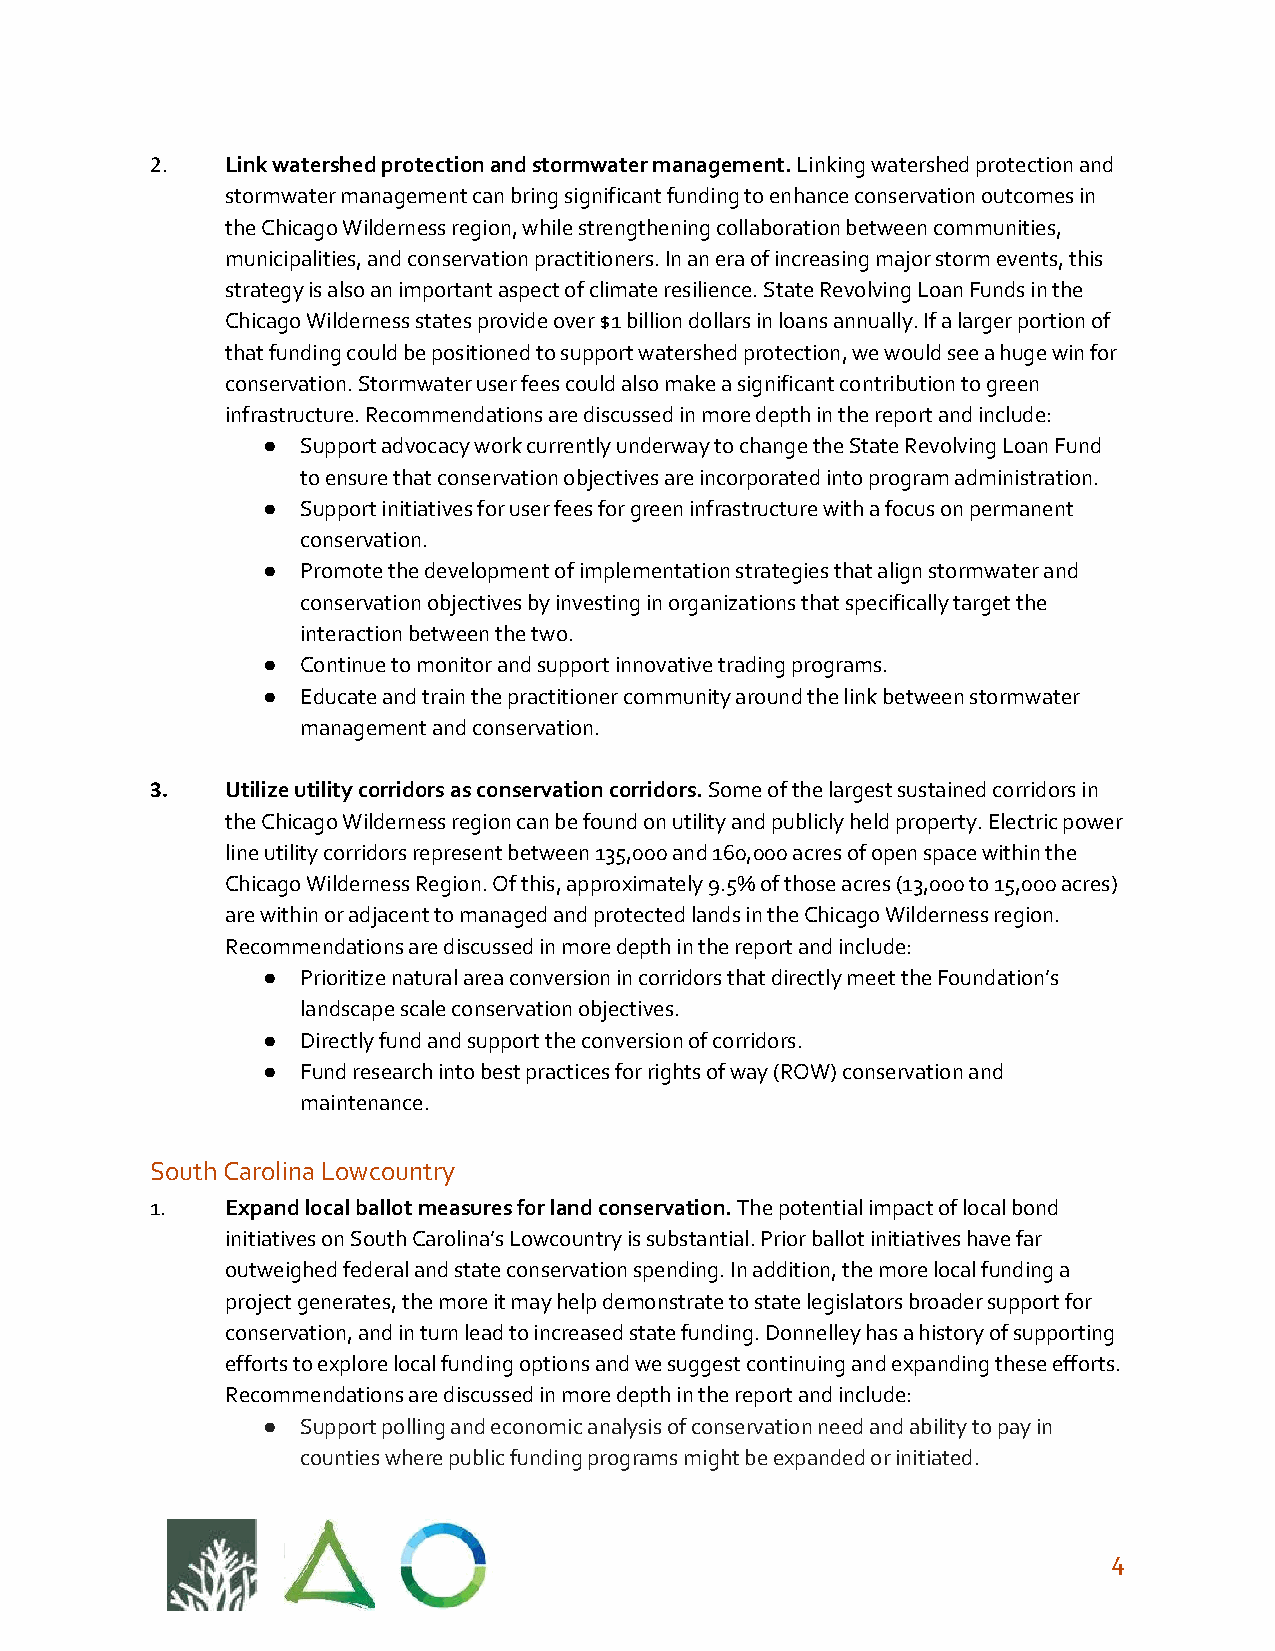
2.   Link watershed protection and stormwater management. Linking watershed protection and
 ​
 stormwater management can bring significant funding to enhance conservation outcomes in
 the Chicago Wilderness region, while strengthening collaboration between communities,
 municipalities, and conservation practitioners. In an era of increasing major storm events, this
 strategy is also an important aspect of climate resilience. State Revolving Loan Funds in the
 Chicago Wilderness states provide over $1 billion dollars in loans annually. If a larger portion of
 that funding could be positioned to support watershed protection, we would see a huge win for
 conservation. Stormwater user fees could also make a significant contribution to green
 infrastructure. Recommendations are discussed in more depth in the report and include:
 ●  Support advocacy work currently underway to change the State Revolving Loan Fund
 to ensure that conservation objectives are incorporated into program administration.
 ●  Support initiatives for user fees for green infrastructure with a focus on permanent
 conservation.
 ●  Promote the development of implementation strategies that align stormwater and
 conservation objectives by investing in organizations that specifically target the
 interaction between the two.
 ●  Continue to monitor and support innovative trading programs.
 ●  Educate and train the practitioner community around the link between stormwater
 management and conservation.
 3.   Utilize utility corridors as conservation corridors. Some of the largest sustained corridors in
 ​
 the Chicago Wilderness region can be found on utility and publicly held property. Electric power
 line utility corridors represent between 135,000 and 160,000 acres of open space within the
 Chicago Wilderness Region. Of this, approximately 9.5% of those acres (13,000 to 15,000 acres)
 are within or adjacent to managed and protected lands in the Chicago Wilderness region.
 Recommendations are discussed in more depth in the report and include:
 ●  Prioritize natural area conversion in corridors that directly meet the Foundation’s
 landscape scale conservation objectives.
 ●  Directly fund and support the conversion of corridors.
 ●  Fund research into best practices for rights of way (ROW) conservation and
 maintenance.
 South Carolina Lowcountry
 1.   Expand local ballot measures for land conservation. The potential impact of local bond
 ​
 initiatives on South Carolina’s Lowcountry is substantial. Prior ballot initiatives have far
 outweighed federal and state conservation spending. In addition, the more local funding a
 project generates, the more it may help demonstrate to state legislators broader support for
 conservation, and in turn lead to increased state funding. Donnelley has a history of supporting
 efforts to explore local funding options and we suggest continuing and expanding these efforts.
 Recommendations are discussed in more depth in the report and include:
 ●  Support polling and economic analysis of conservation need and ability to pay in
 counties where public funding programs might be expanded or initiated.
 4